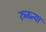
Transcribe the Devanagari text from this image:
रुजन्या